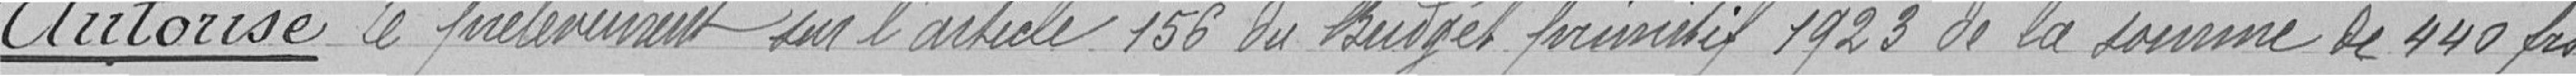
Autorise le prélèvement sur l'article 150 du Budget primitif 1923 de la somme de 440 frs